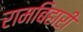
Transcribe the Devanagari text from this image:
रामबिहारी